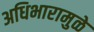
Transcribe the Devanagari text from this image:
अधिभारामुळे